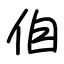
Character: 㑑